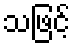
သဖြင့်